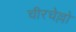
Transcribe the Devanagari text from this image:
चीरचेल्लो